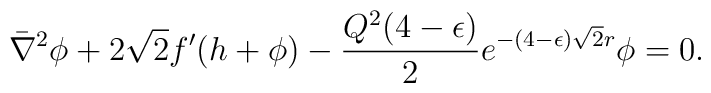
\bar \nabla^2 \phi + 2 \sqrt 2 f' ( h + \phi)- {Q^2(4- \epsilon) \over 2} e^{ -(4-\epsilon) \sqrt 2 r}\phi = 0.